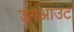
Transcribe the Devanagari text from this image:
डगआउट